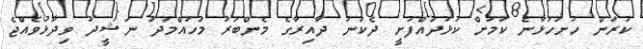
ކުރަން ހުށަހަޅާނެ ކަމަށް ކުޅުދުއްފުށީ ދެކުނު ދާއިރާގެ މެންބަރު މުހައްމަދު ނަޝީދު ވިދާޅުވެއްޖެ